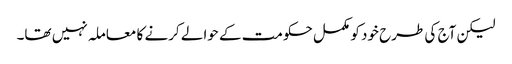
لیکن آج کی طرح خود کو مکمل حکومت کے حوالے کرنے کا معاملہ نہیں تھا۔